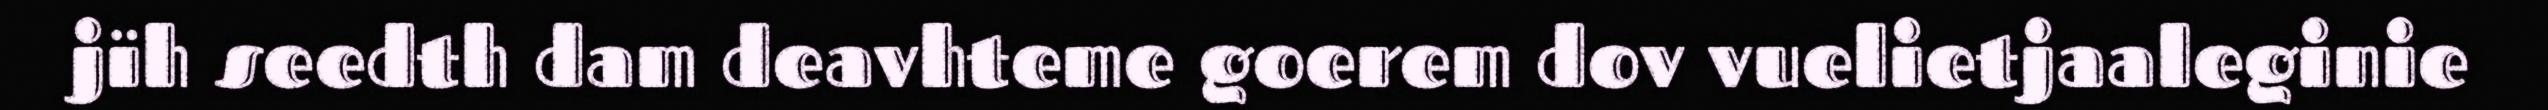
jïh seedth dam deavhteme goerem dov vuelietjaaleginie